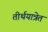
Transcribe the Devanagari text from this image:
तीर्थयात्रेत